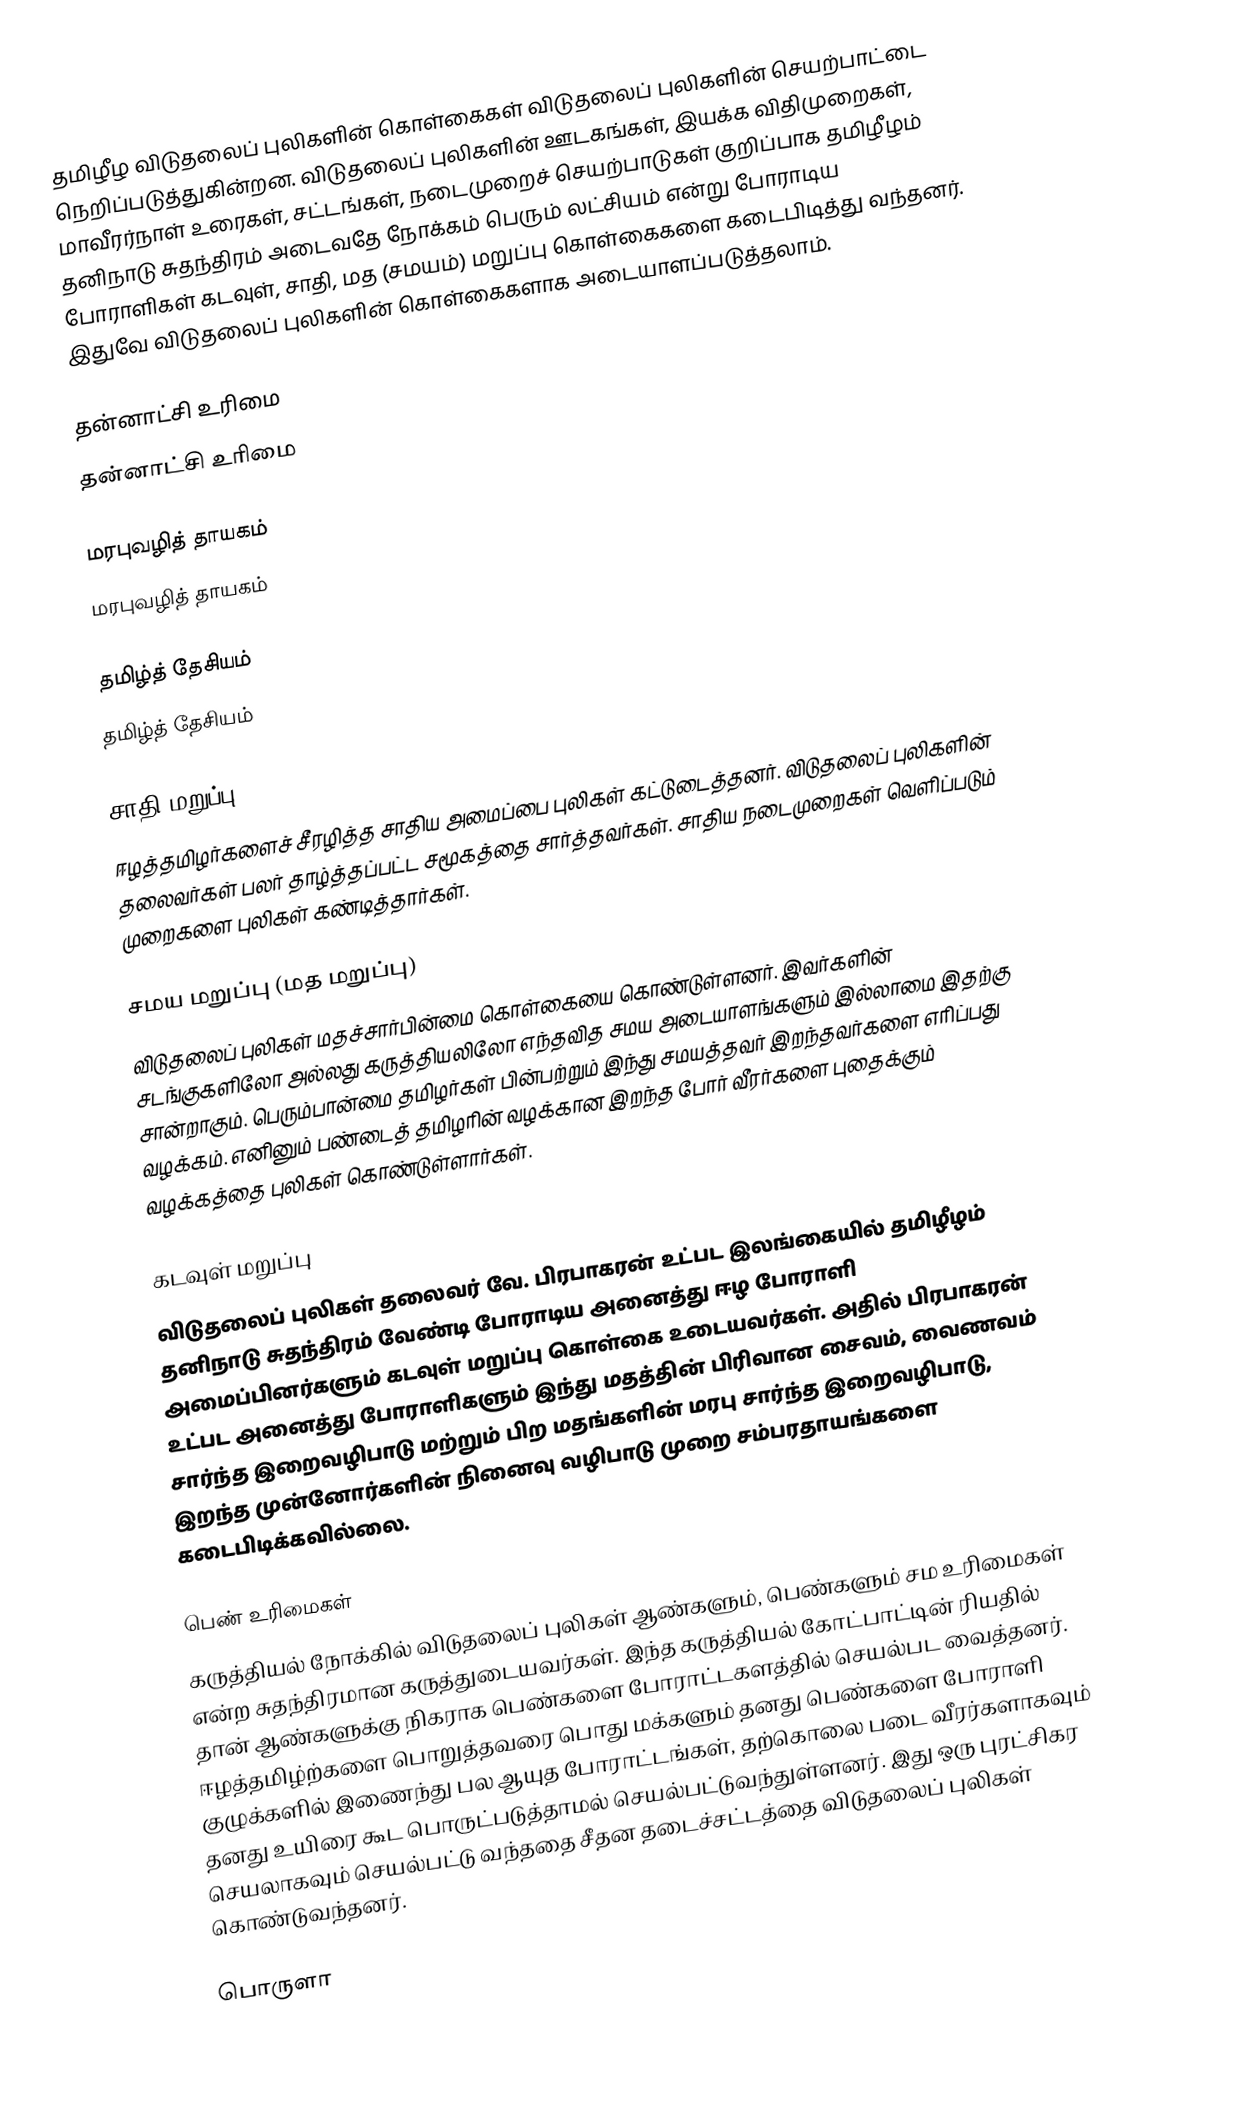
தமிழீழ விடுதலைப் புலிகளின் கொள்கைகள் விடுதலைப் புலிகளின் செயற்பாட்டை நெறிப்படுத்துகின்றன.  விடுதலைப் புலிகளின் ஊடகங்கள், இயக்க விதிமுறைகள், மாவீரர்நாள் உரைகள், சட்டங்கள், நடைமுறைச் செயற்பாடுகள் குறிப்பாக தமிழீழம் தனிநாடு சுதந்திரம் அடைவதே நோக்கம் பெரும் லட்சியம் என்று போராடிய போராளிகள் கடவுள், சாதி, மத (சமயம்) மறுப்பு கொள்கைகளை கடைபிடித்து வந்தனர். இதுவே விடுதலைப் புலிகளின் கொள்கைகளாக அடையாளப்படுத்தலாம்.

தன்னாட்சி உரிமை
 தன்னாட்சி உரிமை

மரபுவழித் தாயகம்
 மரபுவழித் தாயகம்

தமிழ்த் தேசியம்
 தமிழ்த் தேசியம்

சாதி மறுப்பு
ஈழத்தமிழர்களைச் சீரழித்த சாதிய அமைப்பை புலிகள் கட்டுடைத்தனர்.  விடுதலைப் புலிகளின் தலைவர்கள் பலர் தாழ்த்தப்பட்ட சமூகத்தை சார்த்தவர்கள்.  சாதிய நடைமுறைகள் வெளிப்படும் முறைகளை புலிகள் கண்டித்தார்கள்.

சமய மறுப்பு (மத மறுப்பு)
விடுதலைப் புலிகள் மதச்சார்பின்மை கொள்கையை கொண்டுள்ளனர். இவர்களின் சடங்குகளிலோ அல்லது கருத்தியலிலோ எந்தவித சமய அடையாளங்களும் இல்லாமை இதற்கு சான்றாகும்.  பெரும்பான்மை தமிழர்கள் பின்பற்றும் இந்து சமயத்தவர் இறந்தவர்களை எரிப்பது வழக்கம்.  எனினும் பண்டைத் தமிழரின் வழக்கான இறந்த போர் வீரர்களை புதைக்கும் வழக்கத்தை புலிகள் கொண்டுள்ளார்கள்.

கடவுள் மறுப்பு
விடுதலைப் புலிகள் தலைவர் வே. பிரபாகரன் உட்பட இலங்கையில் தமிழீழம் தனிநாடு சுதந்திரம் வேண்டி போராடிய அனைத்து ஈழ போராளி அமைப்பினர்களும் கடவுள் மறுப்பு கொள்கை உடையவர்கள். அதில் பிரபாகரன் உட்பட அனைத்து போராளிகளும் இந்து மதத்தின் பிரிவான சைவம், வைணவம் சார்ந்த இறைவழிபாடு மற்றும் பிற மதங்களின் மரபு சார்ந்த இறைவழிபாடு, இறந்த முன்னோர்களின் நினைவு வழிபாடு முறை சம்பரதாயங்களை கடைபிடிக்கவில்லை.

பெண் உரிமைகள்
கருத்தியல் நோக்கில் விடுதலைப் புலிகள் ஆண்களும், பெண்களும் சம உரிமைகள் என்ற சுதந்திரமான கருத்துடையவர்கள். இந்த கருத்தியல் கோட்பாட்டின் ரியதில் தான் ஆண்களுக்கு நிகராக பெண்களை போராட்டகளத்தில் செயல்பட வைத்தனர். ஈழத்தமிழ்ற்களை பொறுத்தவரை பொது மக்களும் தனது பெண்களை போராளி குழுக்களில் இணைந்து பல ஆயுத போராட்டங்கள், தற்கொலை படை வீரர்களாகவும் தனது உயிரை கூட பொருட்படுத்தாமல் செயல்பட்டுவந்துள்ளனர். இது ஒரு புரட்சிகர செயலாகவும் செயல்பட்டு வந்ததை சீதன தடைச்சட்டத்தை விடுதலைப் புலிகள் கொண்டுவந்தனர்.

பொருளா